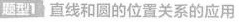
题型1 直线和圆的位置关系的应用